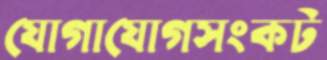
যোগাযোগসংকট